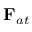
{ \bf F } _ { a t }